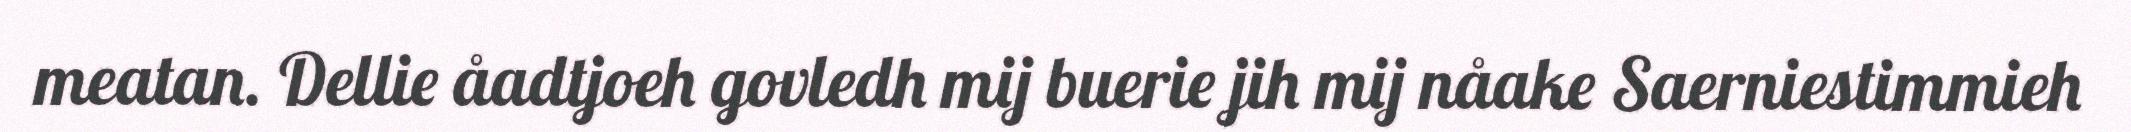
meatan. Dellie åadtjoeh govledh mij buerie jih mij nåake Saerniestimmieh